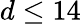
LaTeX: d\leq 14